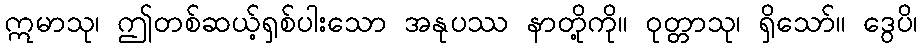
ဣမာသု၊ ဤတစ်ဆယ့်ရှစ်ပါးသော အနုပဿ နာတို့ကို။ ဝုတ္တာသု၊ ရှိသော်။ ဒွေပိ၊